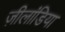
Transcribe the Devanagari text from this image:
ज़ीलांडिया